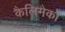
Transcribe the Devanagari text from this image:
कैलिमैको